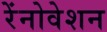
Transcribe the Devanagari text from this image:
रेंनोवेशन